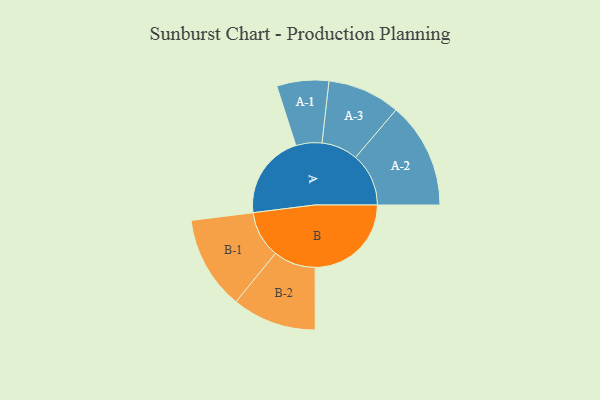
{"axis": {"x": "Segment", "y": "Value"}, "legend": ["", "A", "B"], "data": [{"x": "A", "y": 441, "type": ""}, {"x": "B", "y": 500, "type": ""}, {"x": "A-1", "y": 135, "type": "A"}, {"x": "A-2", "y": 276, "type": "A"}, {"x": "A-3", "y": 189, "type": "A"}, {"x": "B-1", "y": 243, "type": "B"}, {"x": "B-2", "y": 219, "type": "B"}]}